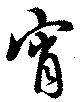
宵